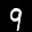
Label: 9